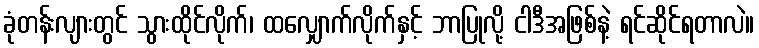
ခုံတန်းလျားတွင် သွားထိုင်လိုက်၊ ထလျှောက်လိုက်နှင့် ဘာပြုလို့ ငါဒီအဖြစ်နဲ့ ရင်ဆိုင်ရတာလဲ။